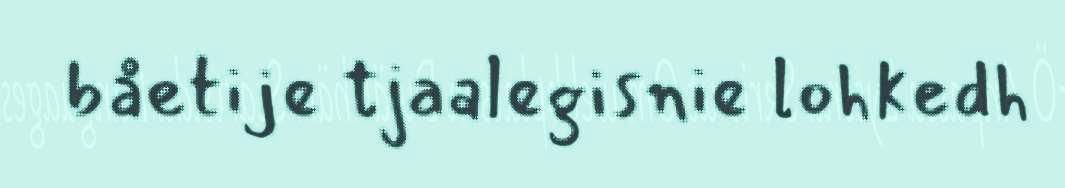
båetije tjaalegisnie lohkedh